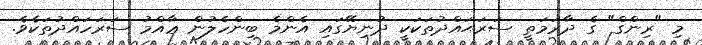
މި "ރިންގް" ގެ ދާރަމަތީ ސަރަޙައްދުތަކަކީ ދުނިޔޭގައި އެންމެ ބިންހެލުން ޢާއްމު ސަރަހައްދުތަކެވެ.